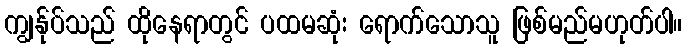
ကျွန်ုပ်သည် ထိုနေရာတွင် ပထမဆုံး ရောက်သောသူ ဖြစ်မည်မဟုတ်ပါ။